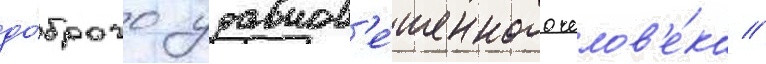
до́брого уравнов'е́шенного челов'е́ка //